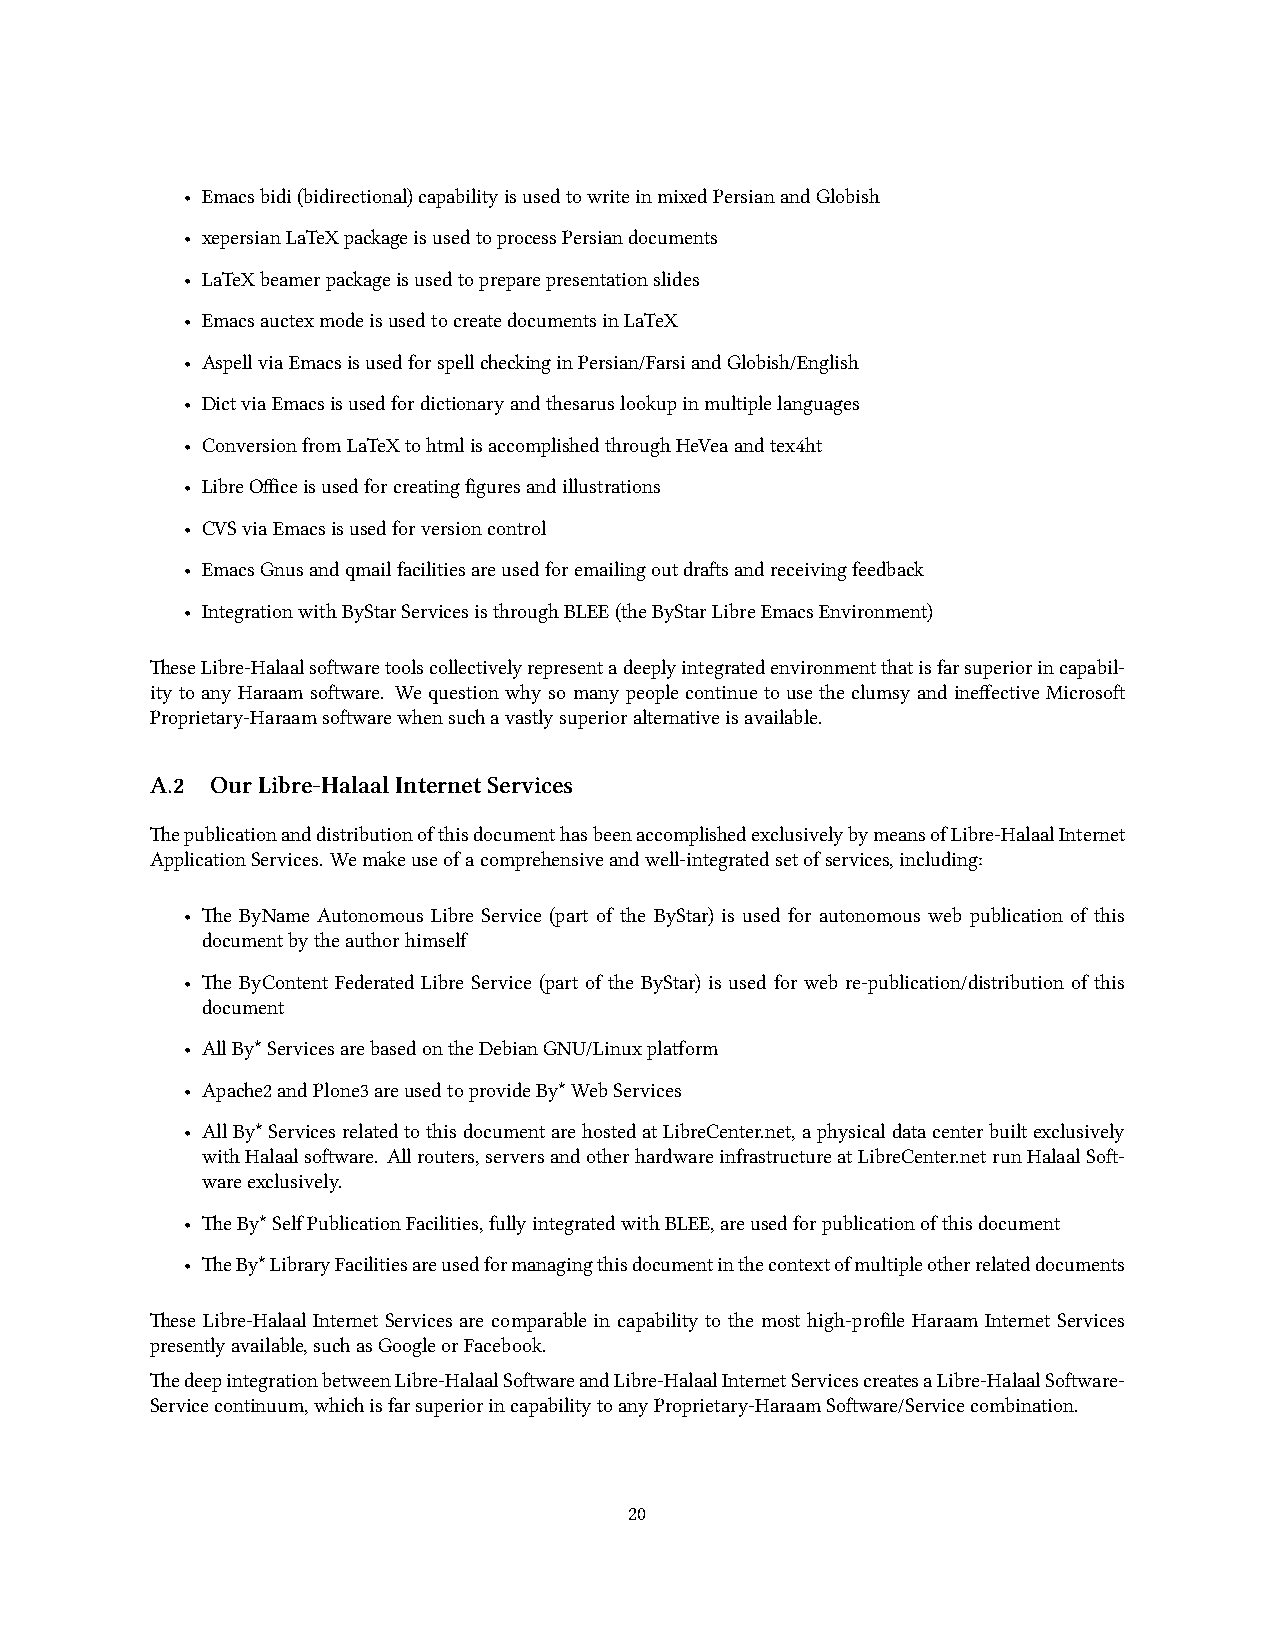
• Emacsbidi(bidirectional)capabilityisusedtowriteinmixedPersianandGlobish
 • xepersianLaTeXpaageisusedtoprocessPersiandocuments
 • LaTeXbeamerpaageisusedtopreparepresentationslides
 • EmacsauctexmodeisusedtocreatedocumentsinLaTeX
 • AspellviaEmacsisusedforspelleinginPersian/FarsiandGlobish/English
 • DictviaEmacsisusedfordictionaryandthesaruslookupinmultiplelanguages
 • ConversionfromLaTeXtohtmlisaccomplishedthroughHeVeaandtex4ht
 • LibreOfficeisusedforcreatingfiguresandillustrations
 • CVSviaEmacsisusedforversioncontrol
 • EmacsGnusandqmailfacilitiesareusedforemailingoutdrasandreceivingfeedba
 • IntegrationwithByStarServicesisthroughBLEE(theByStarLibreEmacsEnvironment)
 eseLibre-Halaalsowaretoolscollectivelyrepresentadeeplyintegratedenvironmentthatisfarsuperiorincapabil-
 ity to any Haraam soware. We question why so many people continue to use the clumsy and ineffective Microso
 Proprietary-Haraamsowarewhensuavastlysuperioralternativeisavailable.
 A.2 OurLibre-HalaalInternetServices
 epublicationanddistributionofthisdocumenthasbeenaccomplishedexclusivelybymeansofLibre-HalaalInternet
 ApplicationServices. Wemakeuseofacomprehensiveandwell-integratedsetofservices,including:
 • e ByName Autonomous Libre Service (part of the ByStar) is used for autonomous web publication of this
 documentbytheauthorhimself
 • e ByContent Federated Libre Service (part of the ByStar) is used for web re-publication/distribution of this
 document
 • AllBy*ServicesarebasedontheDebianGNU/Linuxplatform
 • Apae2andPlone3areusedtoprovideBy*WebServices
 • AllBy*ServicesrelatedtothisdocumentarehostedatLibreCenter.net,aphysicaldatacenterbuiltexclusively
 withHalaalsoware. Allrouters,serversandotherhardwareinfrastructureatLibreCenter.netrunHalaalSo-
 wareexclusively.
 • eBy*SelfPublicationFacilities,fullyintegratedwithBLEE,areusedforpublicationofthisdocument
 • eBy*LibraryFacilitiesareusedformanagingthisdocumentinthecontextofmultipleotherrelateddocuments
 ese Libre-Halaal Internet Services are comparable in capability to the most high-profile Haraam Internet Services
 presentlyavailable,suasGoogleorFacebook.
 edeepintegrationbetweenLibre-HalaalSowareandLibre-HalaalInternetServicescreatesaLibre-HalaalSoware-
 Servicecontinuum,whiisfarsuperiorincapabilitytoanyProprietary-HaraamSoware/Servicecombination.
 20